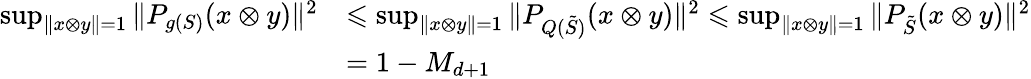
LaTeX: \begin{array}{rl}{\operatorname*{sup}_{\| x\otimes y\| =1}{\| P_{g(S)}(x\otimes y)\| ^{2}}}&{\leqslant\operatorname*{sup}_{\| x\otimes y\| =1}{\| P_{Q(\tilde{S})}(x\otimes y)\| ^{2}}\leqslant\operatorname*{sup}_{\| x\otimes y\| =1}{\| P_{\tilde{S}}(x\otimes y)\| ^{2}}}\\ &{=1-M_{d+1}}\end{array}